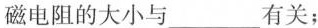
磁电阻的大小与____有关；